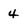
Character: 4